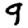
Digit: 9